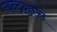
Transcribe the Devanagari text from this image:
चन्द्रह्रास